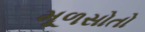
મૂળસોતો